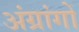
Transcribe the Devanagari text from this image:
अंग्रांगों